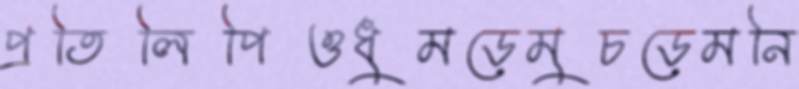
প্রতিলিপিওধুমড়েমুচড়েমনি